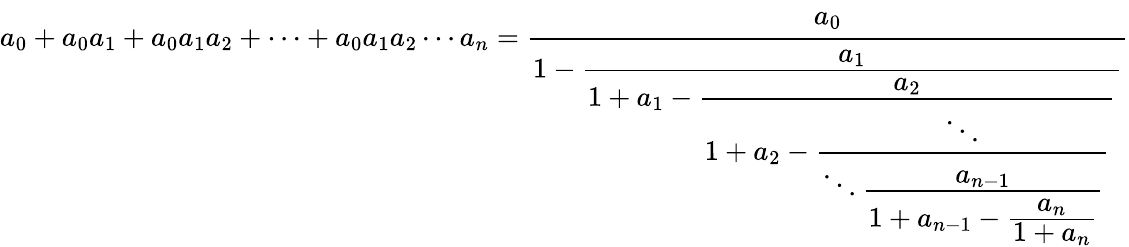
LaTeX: a_{0}+a_{0}a_{1}+a_{0}a_{1}a_{2}+\cdots+a_{0}a_{1}a_{2}\cdots a_{n}={\cfrac{a_{0}}{1-{\cfrac{a_{1}}{1+a_{1}-{\cfrac{a_{2}}{1+a_{2}-{\cfrac{\ddots}{\ddots{\cfrac{a_{n-1}}{1+a_{n-1}-{\cfrac{a_{n}}{1+a_{n}}}}}}}}}}}}}